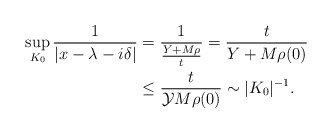
\begin{align*} \sup_{K_0} \frac{ 1 }{ |x- \lambda - i\delta|} &= \frac{1}{ \frac{Y+M\rho}{t} } = \frac{t}{Y + M\rho (0)} \\ & \leq \frac{t}{\mathcal{Y} M\rho (0)} \sim |K_0|^{-1}.\end{align*}